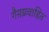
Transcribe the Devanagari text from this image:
गैसप्रवाहित